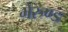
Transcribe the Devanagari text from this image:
भेरुण्ड